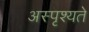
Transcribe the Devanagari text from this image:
अस्पृश्यते